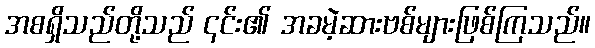
အစရှိသည်တို့သည် ၎င်း၏ အခမဲ့ဆားဗစ်များဖြစ်ကြသည်။